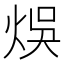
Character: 𤉇